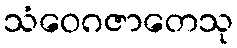
သံဝေဂဇာတေသု